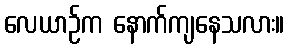
လေယာဉ်က နောက်ကျနေသလား။